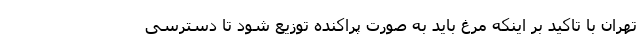
تهران با تاکید بر اینکه مرغ باید به صورت پراکنده توزیع شود تا دسترسی